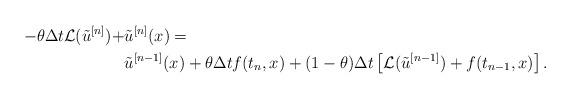
LaTeX: \begin{align*} - \theta \Delta t \mathcal{L}(\tilde{u}^{[n]}) + & \tilde{u}^{[n]} (x) = \\ & \tilde{u}^{[n-1]} (x) + \theta \Delta t f(t_n,x) + (1-\theta) \Delta t \left[ \mathcal{L}(\tilde{u}^{[n-1]}) + f(t_{n-1},x) \right].\end{align*}